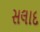
સલાદ